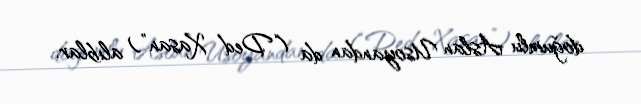
doğumlu Aslan Usoyandan da (“Ded Xasan”) alıblar.